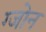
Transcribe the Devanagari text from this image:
ग्जोन